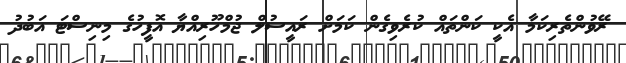
ރޭވުންތެރިކަމާ އެކީ ކަންތައް ކުރެވިގެން ކަމަށް ރައީސުލް ޖުމްހޫރިއްޔާ އޮފީހުގެ މިނިސްޓަ އަބުދު